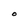
Character: O